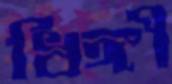
ধিঙ্গী